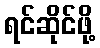
ရင်ဆိုင်ဖို့